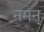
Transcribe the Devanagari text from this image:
नमन्